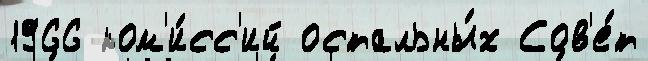
1966 ком'и́сс'ий остальны́х Сов'е́т